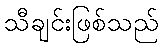
သီချင်းဖြစ်သည်